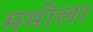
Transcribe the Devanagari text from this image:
ममोला